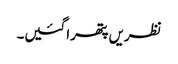
نظریں پتھرا گئیں۔